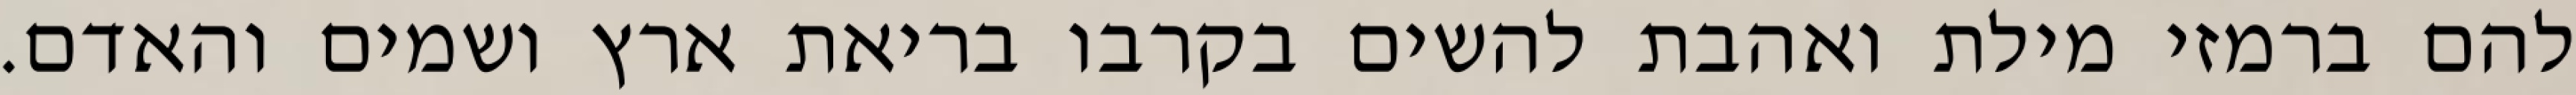
להם ברמזי מילת ואהבת להשים בקרבו בריאת ארץ ושמים והאדם.